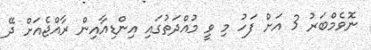
ނޮވެމްބަރު 3 އަށް ފަހު މި ވީ މުއްދަތުގައި އިންޑިއާއިން ރާއްޖެއަށް ދޭ